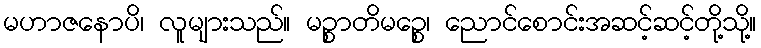
မဟာဇနောပိ၊ လူများသည်။ မဉ္စာတိမဉ္စေ၊ ညောင်စောင်းအဆင့်ဆင့်တို့သို့။